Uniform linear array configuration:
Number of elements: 64
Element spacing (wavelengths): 1
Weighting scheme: binomial
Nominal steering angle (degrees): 60
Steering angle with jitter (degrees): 59.251
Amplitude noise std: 0.05
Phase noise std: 0.05

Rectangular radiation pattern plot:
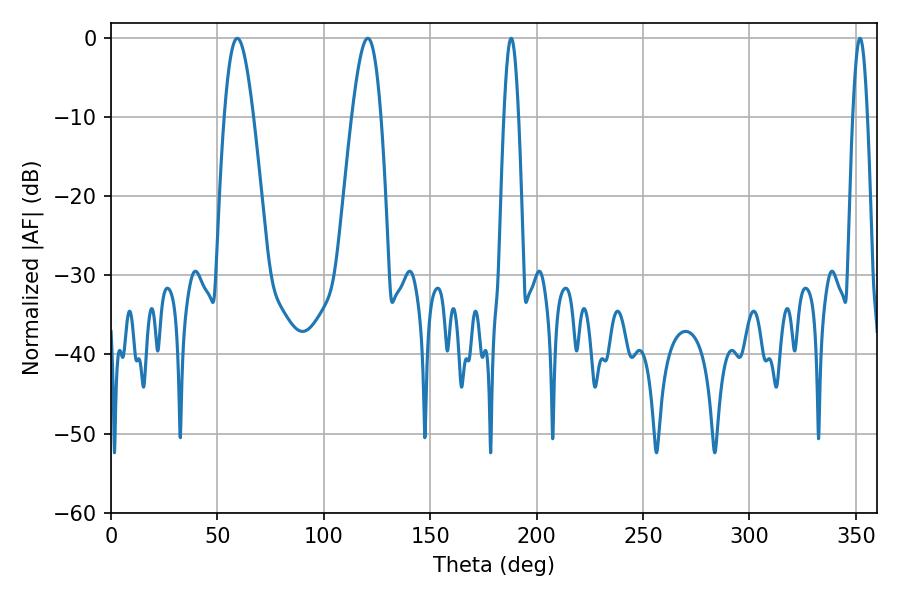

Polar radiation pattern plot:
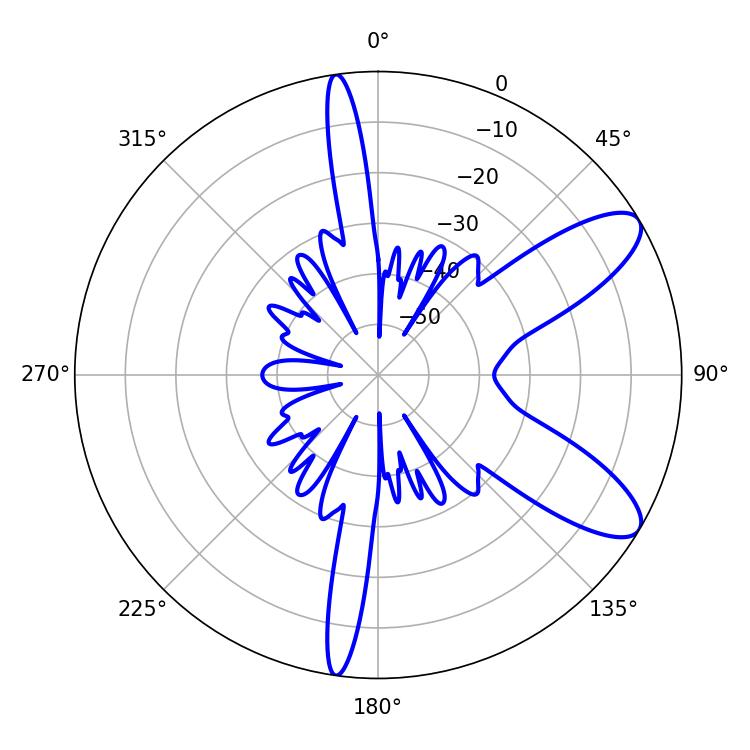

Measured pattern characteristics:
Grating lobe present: TRUE
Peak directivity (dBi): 9.529
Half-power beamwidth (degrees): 7.38
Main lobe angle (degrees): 59.4